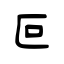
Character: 叵